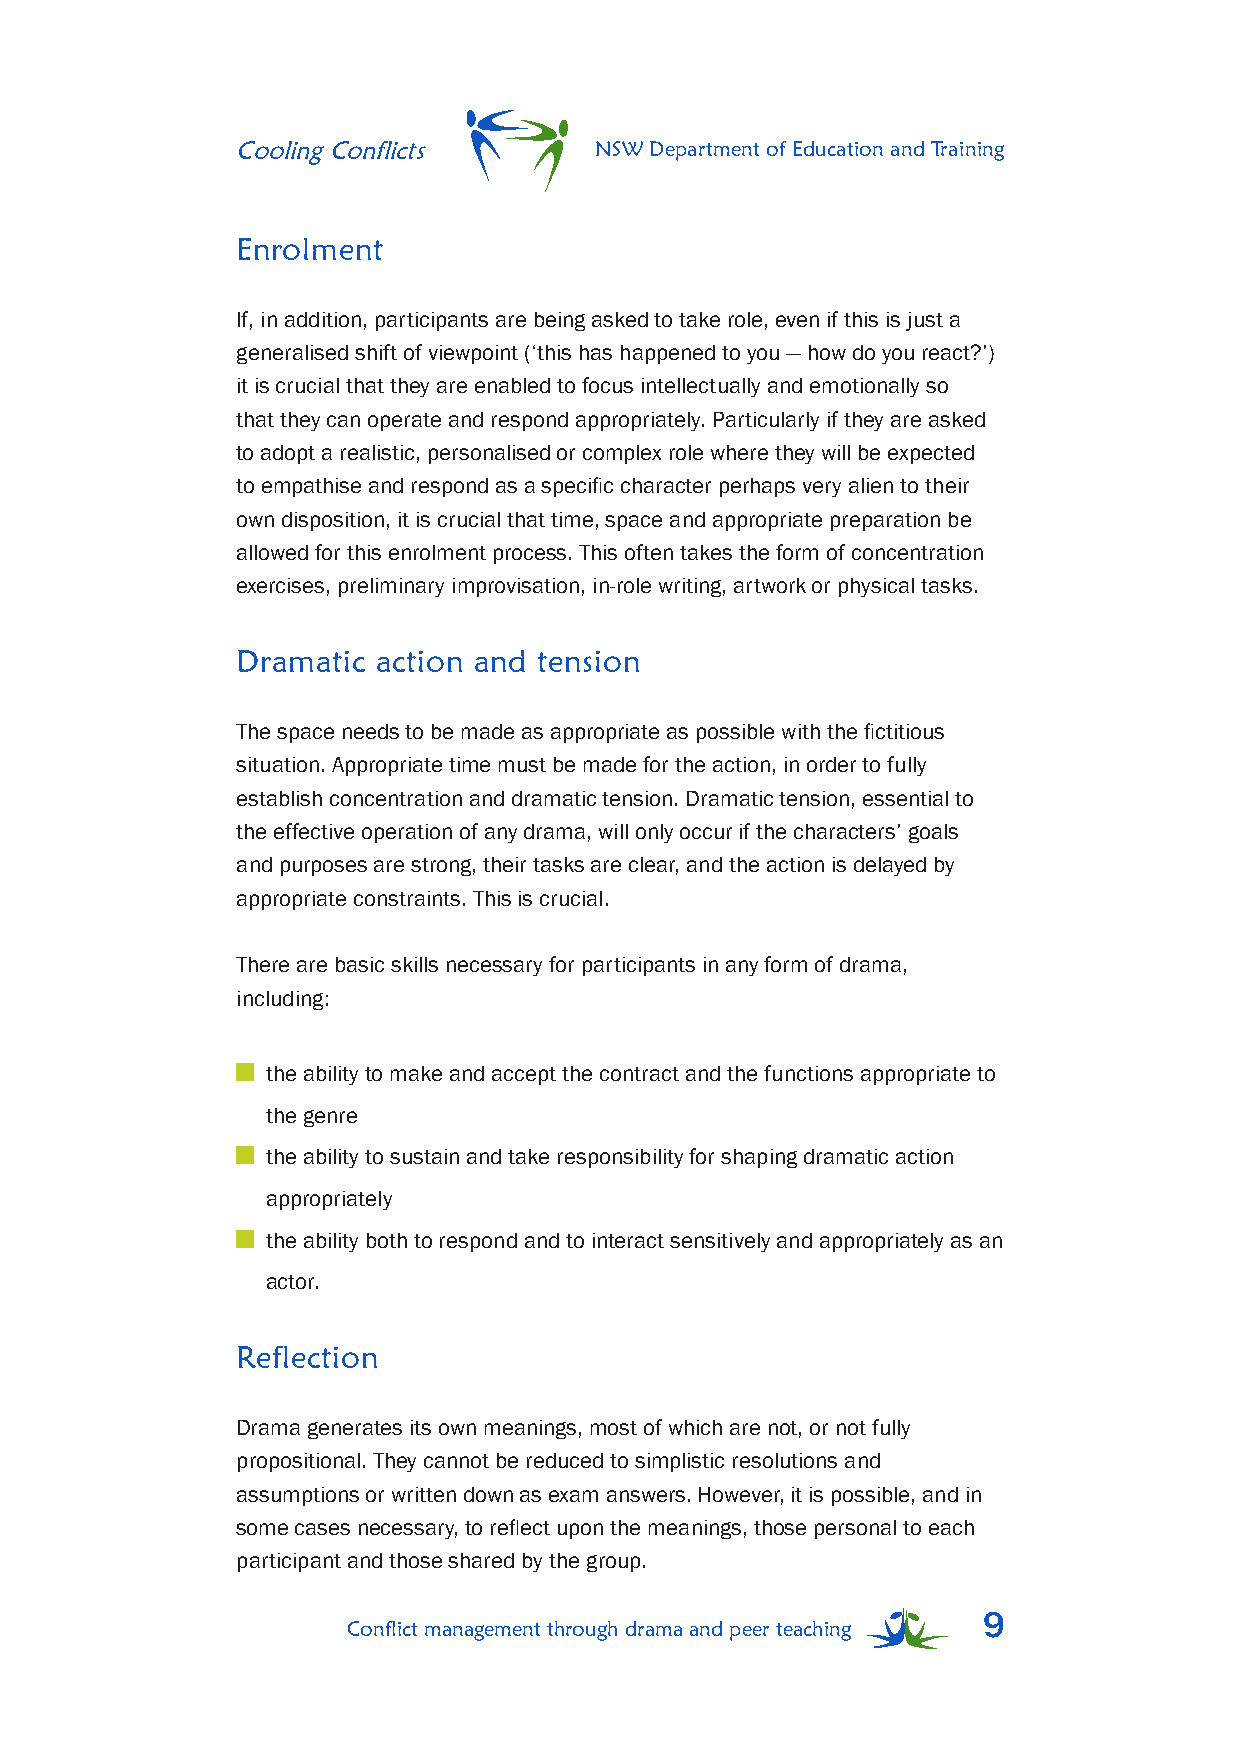
Cooling Conflicts      NSW Department of Education and Training
 Enrolment
 If, in addition, participants are being asked to take role, even if this is just a
 generalised shift of viewpoint (‘this has happened to you — how do you react?’)
 it is crucial that they are enabled to focus intellectually and emotionally so
 that they can operate and respond appropriately. Particularly if they are asked
 to adopt a realistic, personalised or complex role where they will be expected
 to empathise and respond as a specific character perhaps very alien to their
 own disposition, it is crucial that time, space and appropriate preparation be
 allowed for this enrolment process. This often takes the form of concentration
 exercises, preliminary improvisation, in-role writing, artwork or physical tasks.
 Dramatic action and tension
 The space needs to be made as appropriate as possible with the fictitious
 situation. Appropriate time must be made for the action, in order to fully
 establish concentration and dramatic tension. Dramatic tension, essential to
 the effective operation of any drama, will only occur if the characters’ goals
 and purposes are strong, their tasks are clear, and the action is delayed by
 appropriate constraints. This is crucial.
 There are basic skills necessary for participants in any form of drama,
 including:
 the ability to make and accept the contract and the functions appropriate to
 the genre
 the ability to sustain and take responsibility for shaping dramatic action
 appropriately
 the ability both to respond and to interact sensitively and appropriately as an
 actor.
 Reflection
 Drama generates its own meanings, most of which are not, or not fully
 propositional. They cannot be reduced to simplistic resolutions and
 assumptions or written down as exam answers. However, it is possible, and in
 some cases necessary, to reflect upon the meanings, those personal to each
 participant and those shared by the group.
 9
 Conflict management through drama and peer teaching